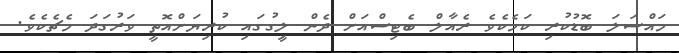
މައްސަލަ ބޮޑުކުރި ކަމެކެވެ ރެއާލް ބެޓިސްއަށް ދެން ލީިގުގައި ކުރިޔަށްއޮތީ ވަރުގަދަ މެޗެކެވެ.